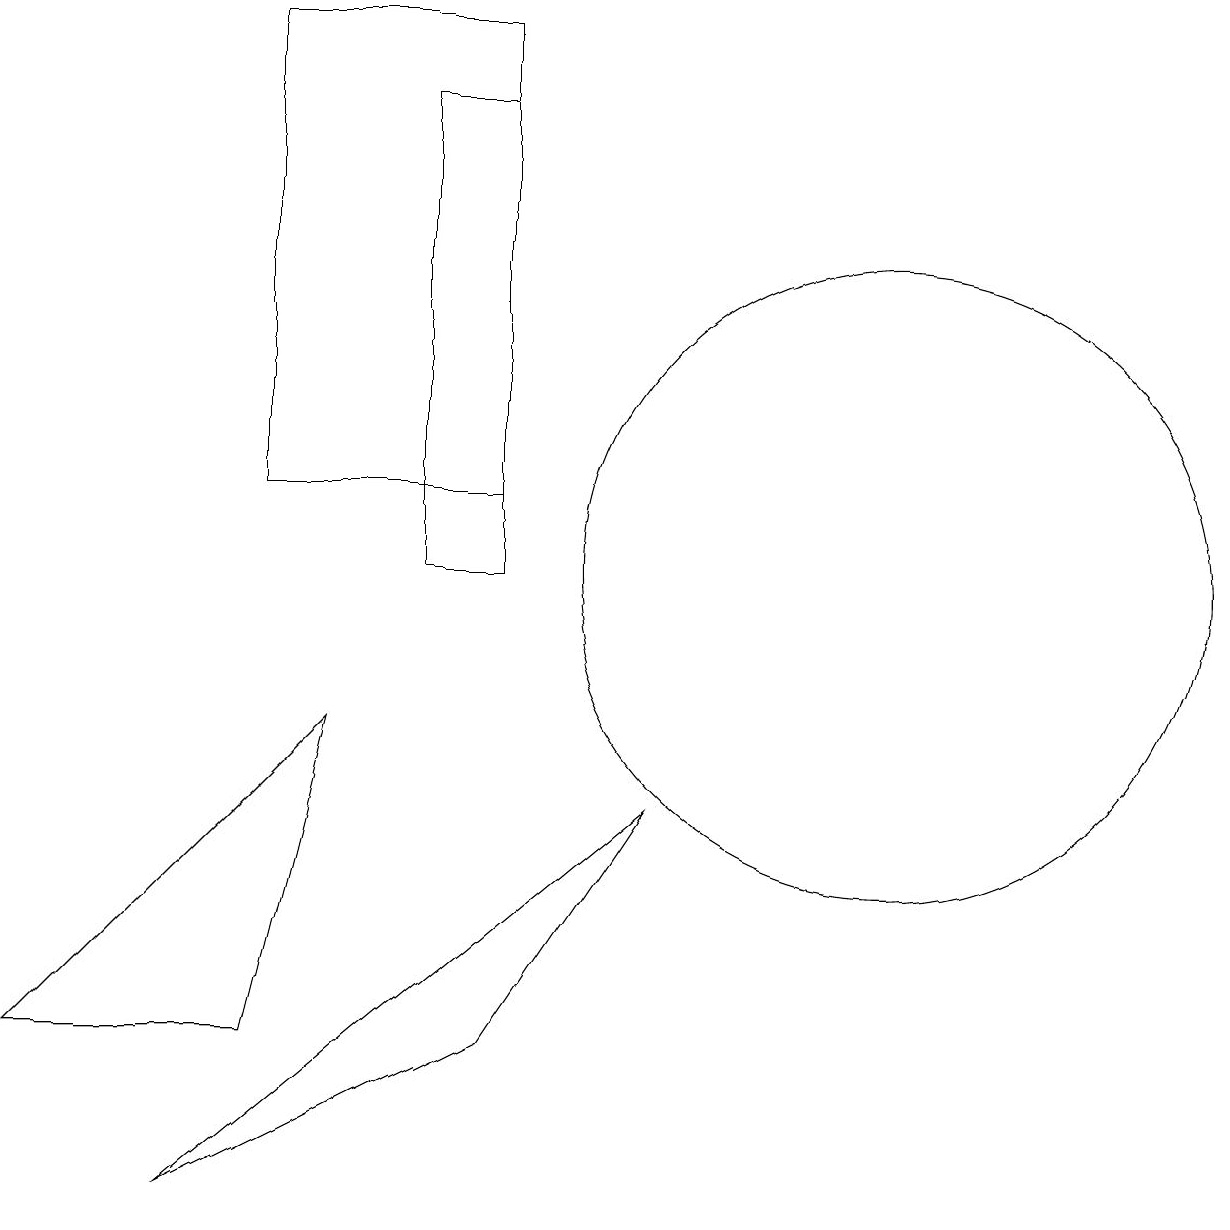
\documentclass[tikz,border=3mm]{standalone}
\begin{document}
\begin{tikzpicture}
\draw (4,5) -- (5,9) -- (1,5) -- cycle;
\draw (7,12) rectangle (4,18);
\draw (9,8) -- (3,3) -- (7,5) -- cycle;
\draw (7,11) rectangle (6,17);
\draw (12,11) circle (4);
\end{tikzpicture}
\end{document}